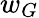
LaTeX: w_{G}